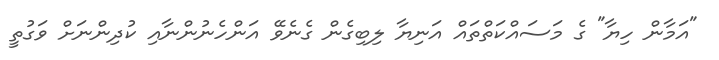
"އަމާން ހިޔާ" ގެ މަސައްކަތްތައް އަނިޔާ ލިބިގެން ގެނެވޭ އަންހެނުންނާއި ކުދިންނަށް ވަގުތީ